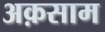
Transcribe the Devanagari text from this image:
अक़साम